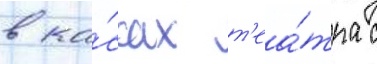
в ка́ссах т'еа́тра с